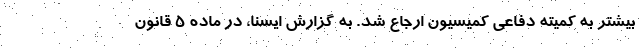
بیشتر به کمیته دفاعی کمیسیون ارجاع شد. به گزارش ایسنا، در ماده ۵ قانون